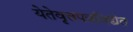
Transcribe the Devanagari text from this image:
येतेवृत्तपत्रविद्येत